Indian journal of veterinary science and animal husbandry - Volume 12,
Year: 1942
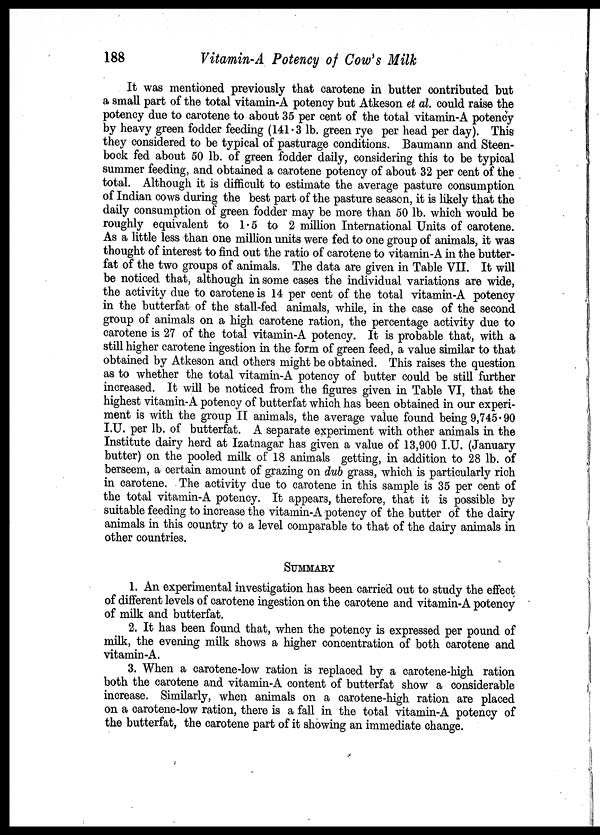
188
Vitamin-A Potency of Cow's Milk
It was mentioned previously that carotene in butter contributed but
a small part of the total vitamin-A potency but Atkeson et al. could raise the
potency due to carotene to about 35 per cent of the total vitamin-A potency
by heavy green fodder feeding (141.3 lb. green rye per head per day). This
they considered to be typical of pasturage conditions. Baumann and Steen-
bock fed about 50 lb. of green fodder daily, considering this to be typical
summer feeding, and obtained a carotene potency of about 32 per cent of the
total. Although it is difficult to estimate the average pasture consumption
of Indian cows during the best part of the pasture season, it is likely that the
daily consumption of green fodder may be more than 50 lb. which would be
roughly equivalent to 1.5 to 2 million International Units of carotene.
As a little less than one million units were fed to one group of animals, it was
thought of interest to find out the ratio of carotene to vitamin-A in the butter-
fat of the two groups of animals. The data are given in Table VII. It will
be noticed that, although in some cases the individual variations are wide,
the activity due to carotene is 14 per cent of the total vitamin-A potency
in the butterfat of the stall-fed animals, while, in the case of the second
group of animals on a high carotene ration, the percentage activity due to
carotene is 27 of the total vitamin-A potency. It is probable that, with a
still higher carotene ingestion in the form of green feed, a value similar to that
obtained by Atkeson and others might be obtained. This raises the question
as to whether the total vitamin-A potency of butter could be still further
increased. It will be noticed from the figures given in Table VI, that the
highest vitamin-A potency of butterfat which has been obtained in our experi-
ment is with the group II animals, the average value found being 9,745.90
I.U. per lb. of butterfat. A separate experiment with other animals in the
Institute dairy herd at Izatnagar has given a value of 13,900 I.U. (January
butter) on the pooled milk of 18 animals getting, in addition to 28 lb. of
berseem, a certain amount of grazing on dub grass, which is particularly rich
in carotene. The activity due to carotene in this sample is 35 per cent of
the total vitamin-A potency. It appears, therefore, that it is possible by
suitable feeding to increase the vitamin-A potency of the butter of the dairy
animals in this country to a level comparable to that of the dairy animals in
other countries.
SUMMARY
1. An experimental investigation has been carried out to study the effect
of different levels of carotene ingestion on the carotene and vitamin-A potency
of milk and butterfat.
2. It has been found that, when the potency is expressed per pound of
milk, the evening milk shows a higher concentration of both carotene and
vitamin-A.
3. When a carotene-low ration is replaced by a carotene-high ration
both the carotene and vitamin-A content of butterfat show a considerable
increase. Similarly, when animals on a carotene-high ration are placed
on a carotene-low ration, there is a fall in the total vitamin-A potency of
the butterfat, the carotene part of it showing an immediate change.